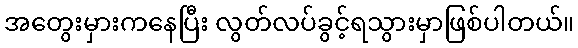
အတွေးမှားကနေပြီး လွတ်လပ်ခွင့်ရသွားမှာဖြစ်ပါတယ်။